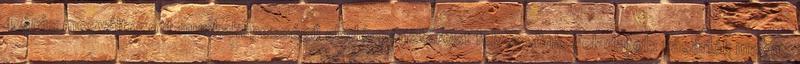
4 órás megváltozott munkaképességű eladó-pénztárost felveszünk. Feladatok: vásárlók magas